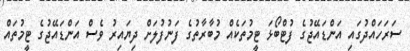
ސަރަހައްދުގައި އަންޑައޭޖުގެ ފުޓްބޯޅަ ޓީމުތަކެއް މުބާރާތުގެ ފަނުފުލަށް ދިޔައިރު ވެސް އަންޑައޭޖުގެ ޓީމުތައް